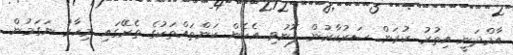
އާމްދަނީ އިތުރު ކުރަން ސަރުކާރުން ފޮނުވި އެހެން ކަންތައްތަކުގެ ތެރޭގައި މިހާރު ނަގަމުން